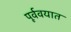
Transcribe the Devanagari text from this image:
पूर्ववयात